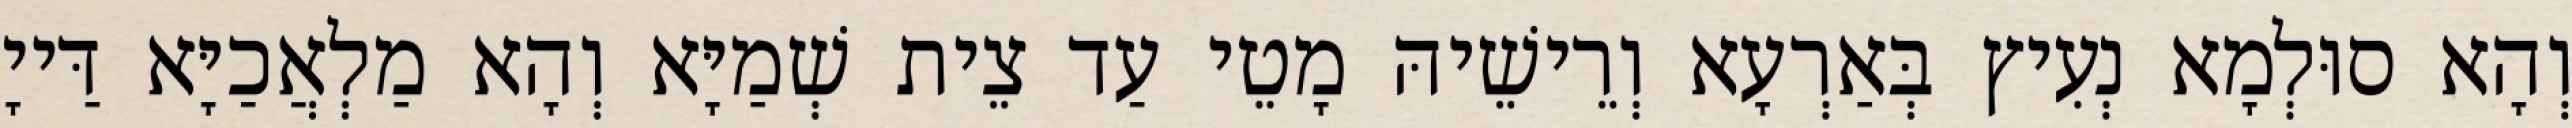
וְהָא סוּלְמָא נְעִיץ בְּאַרְעָא וְרֵישֵׁיהּ מָטֵי עַד צֵית שְׁמַיָּא וְהָא מַלְאֲכַיָּא דַּייָ